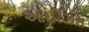
આઈઝિસ